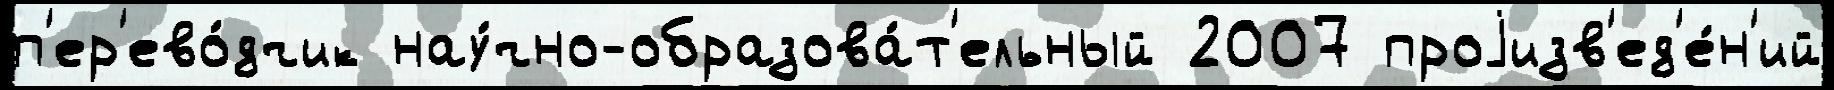
п'ер'ево́дчик нау́чно-образова́т'ельный 2007 проjизв'ед'е́н'ий